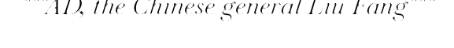
"""AD, the Chinese general Liu Fang"""